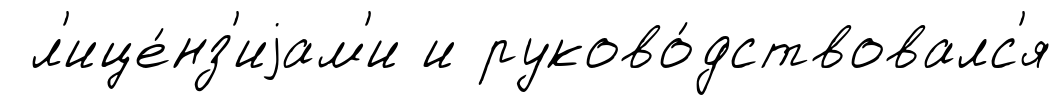
л'ице́нз'иjам'и и руково́дствовалс'я